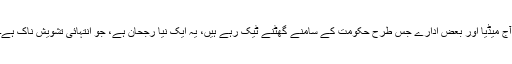
آج میڈیا اور بعض ادارے جس طرح حکومت کے سامنے گھٹنے ٹیک رہے ہیں، یہ ایک نیا رجحان ہے، جو انتہائی تشویش ناک ہے۔